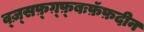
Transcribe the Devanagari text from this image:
व्ज़्सफ़्ग़्फ़्बःफ़ॅफ़दीन